Annual administration report of the Civil Veterinary Department of India - 1901-1902
Year: 1901
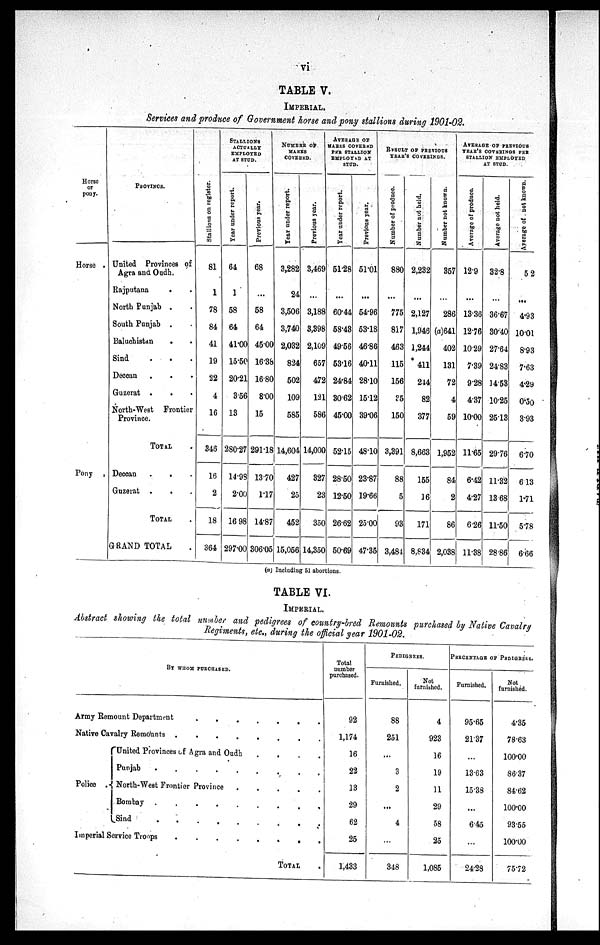
vi
TABLE V.
IMPERIAL.
Services and produce of Government hone and pony stallions during 1901-02.
Horse
or
pony.
Horse .
Pony
PROVINCE.
United Provinces of
Agra and Oudh.
Rajputana . .
North Punjab . .
South Punjab . .
Baluchistan . .
Sind . . .
Deccan . . .
Guzerat . . .
North-West
Frontier
Province.
TOTAL .
Deccan
. . .
Guzerat . . .
TOTAL .
GRAND TOTAL .
Stallions on register.
81
1
78
84
41
19
22
4
16
348
16
2
18
364
STALLIONS
ACTUALLY
EMPLOYED
AT STUD.
Year under report.
64
1
58
64
41.00
15.50
20.21
356
13
280.27
14.98
2.00
16 98
297.00
Previous year.
68
...
58
64
4500
16.38
1680
8.00
15
29118
13.70
1.17
14.87
306.05
NUMBER
OF
MARES
COVERED.
Tear under report.
3,282
24
3,506
3,740
2,032
824
502
109
585
14,604
427
25
452
15,056
Previous year.
3,469
...
3,188
3,398
2,109
657
472
121
586
14,000
327
23
350
14,350
AVERAGE
OF
MARES COVERED
PER STALLION
EMPLOYED AT
STUD.
Year under report.
51.28
...
60.44
58.43
49.56
53.16
24.84
30.62
45.00
52.15
28.50
12.50
26.62
50.69
Previous year.
51.01
...
54.96
53.18
46.86
40.11
28.10
15.12
39.06
48.10
23.87
19.66
25.00
47.35
RESULT OF PREVIOUS
YEAR'S COVERINGS.
Number of produce.
880
...
775
817
463
115
156
25
150
3,391
88
5
93
3,484
Number not held.
2,232
...
2,127
1,946
1,244
411
244
82
377
8,663
155
]6
171
8,834
Number not known.
357
...
286
(a)641
402
131
72
4
59
1,952
84
2
86
2,038
AVERAGE OF PREVIOUS
YEAR'S COVERINGS PER
STALLION EMPLOYED
AT STUD.
Average of produce.
12.9
...
13.36
12.76
1029
7.39
9.28
4.37
10.00
11.65
6.42
4.27
6.26
11.38
Average not held.
32.8
...
36.67
30.40
27.64
24.83
14.53
10.25
25.13
29.76
11.32
1368
11.50
28.86
Average of not known.
52
...
4.93
10.01
8.93
7.63
4.29
0.50
3.93
6.70
6.13
1.71
5.78
6.66
(a) Including 51 abortions.
TABLE VI.
IMPERIAL.
Abstract showing the total number and pedigrees of country-bred Remounts purchased by Native Cavalry
Regiments, etc., during the official year 1901-02.
BY WHOM PURCHASED.
Army Remount Department
.
.
.
.
.
.
.
Native Cavalry Remounts
.
.
.
.
.
.
.
Police
United Provinces of Agra and Oudh
.
.
.
.
Punjab
.
.
.
.
.
.
.
.
.
.
.
North-West Frontier Province
.
.
.
.
.
Bombay
.
.
.
.
.
.
.
.
Sind
.
.
.
.
.
.
.
.
Imperial Service Troops
.
.
.
.
.
.
.
.
TOTAL .
Total
number
purchased.
92
1,174
16
22
13
29
62
25
1,433
PEDIGREES.
Furnished.
88
251
...
3
2
...
4
...
348
Not
furnished.
4
923
16
19
11
29
58
25
1,085
PERCENTAGE OF PEDIGREES.
Furnished.
95.65
2137
...
13.63
15.38
...
6.45
...
24.28
Not
furnished.
4.35
78.63
100.00
86.37
84.62
100.00
93.55
100.00
75.72